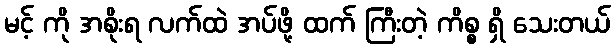
မင့် ကို အစိုးရ လက်ထဲ အပ်ဖို့ ထက် ကြီးတဲ့ ကိစ္စ ရှိ သေးတယ်